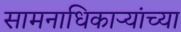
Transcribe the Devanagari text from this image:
सामनाधिकार्‍यांच्या